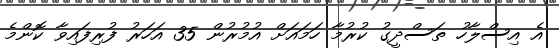
އެ އިސްލާހު ތަސްދީގު ކުރުމާ ހަމައަށް އުމުރުން 35 އަހަރު ފުރިފައިވާ ކޮންމެ